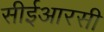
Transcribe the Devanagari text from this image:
सीईआरसी